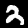
Digit: 2